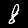
Label: 8